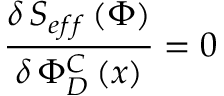
\frac { \delta \, S _ { e f f } \left( \Phi \right) } { \delta \, \Phi _ { D } ^ { C } \left( x \right) } = 0